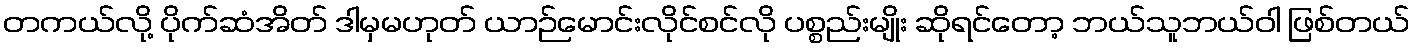
တကယ်လို့ ပိုက်ဆံအိတ် ဒါမှမဟုတ် ယာဉ်မောင်းလိုင်စင်လို ပစ္စည်းမျိုး ဆိုရင်တော့ ဘယ်သူဘယ်ဝါ ဖြစ်တယ်